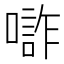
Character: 𱔧